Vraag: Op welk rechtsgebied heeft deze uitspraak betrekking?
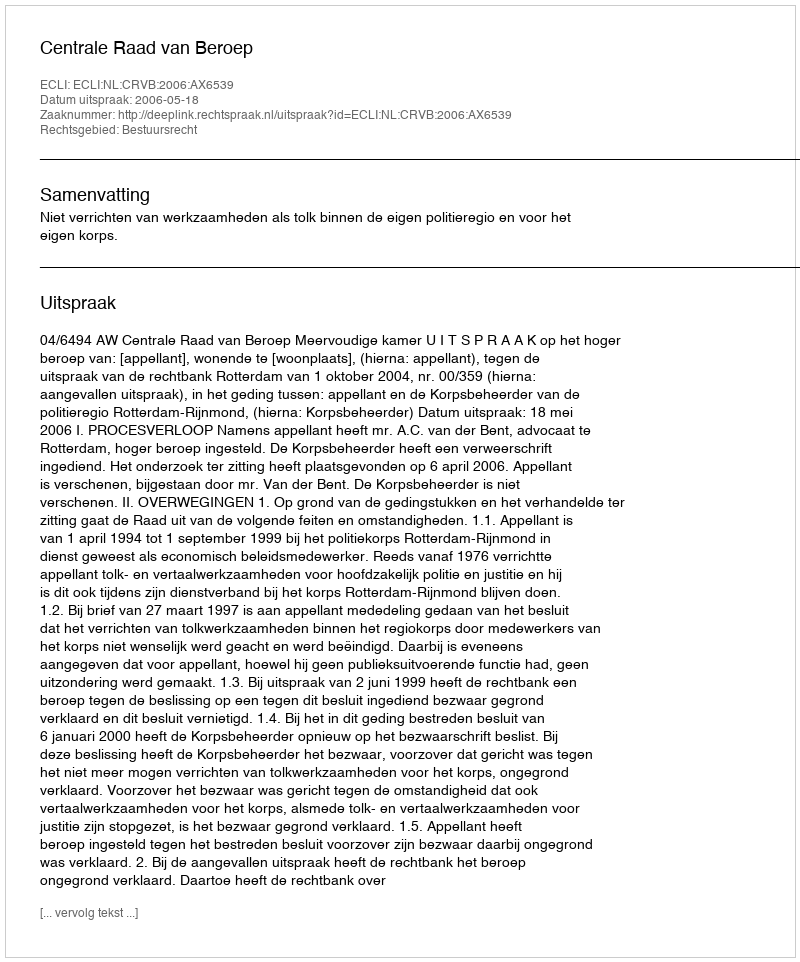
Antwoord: Bestuursrecht